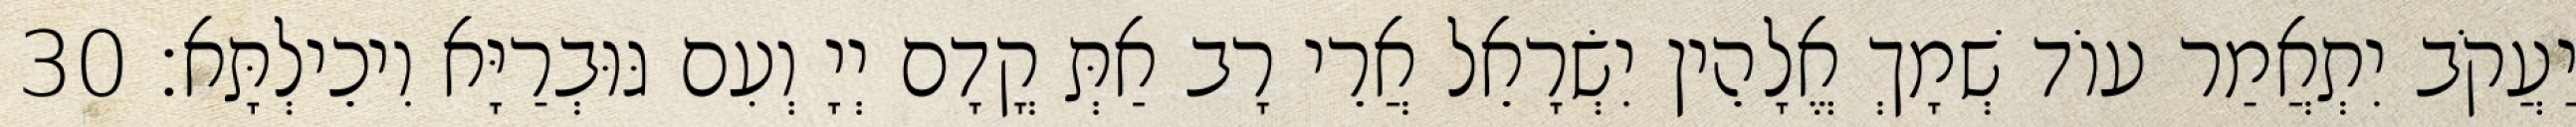
יַעֲקֹב יִתְאֲמַר עוֹד שְׁמָךְ אֱלָהֵין יִשְׂרָאֵל אֲרֵי רָב אַתְּ קֳדָם יְיָ וְעִם גּוּבְרַיָּא וִיכֵילְתָּא׃ 30